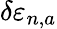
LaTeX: \delta\varepsilon_{n,a}